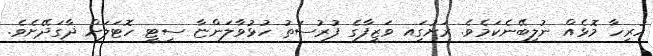
ހުރިހާ މޮޅެއް ނުލިބޭނެކަމެވެ. ރަށުގަިއ ވަޒީފާގެ ފުރުސަތު ހުޅުވާލަންޏާ ސިޓީ ހޮޓަލަށް ޛާގަދޭށެވެ.